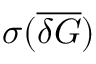
\sigma ( \overline { { \delta G } } )